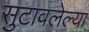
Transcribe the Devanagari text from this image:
सुटावलेल्या